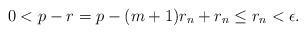
LaTeX: \begin{align*}0 < p - r = p - (m+1) r_n + r_n \le r_n < \epsilon.\end{align*}